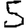
Digit: 5